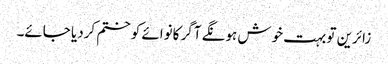
زائرین تو بہت خوش ہونگے آگر کانوائے کو ختم کردیا جائے۔